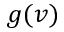
g ( v )